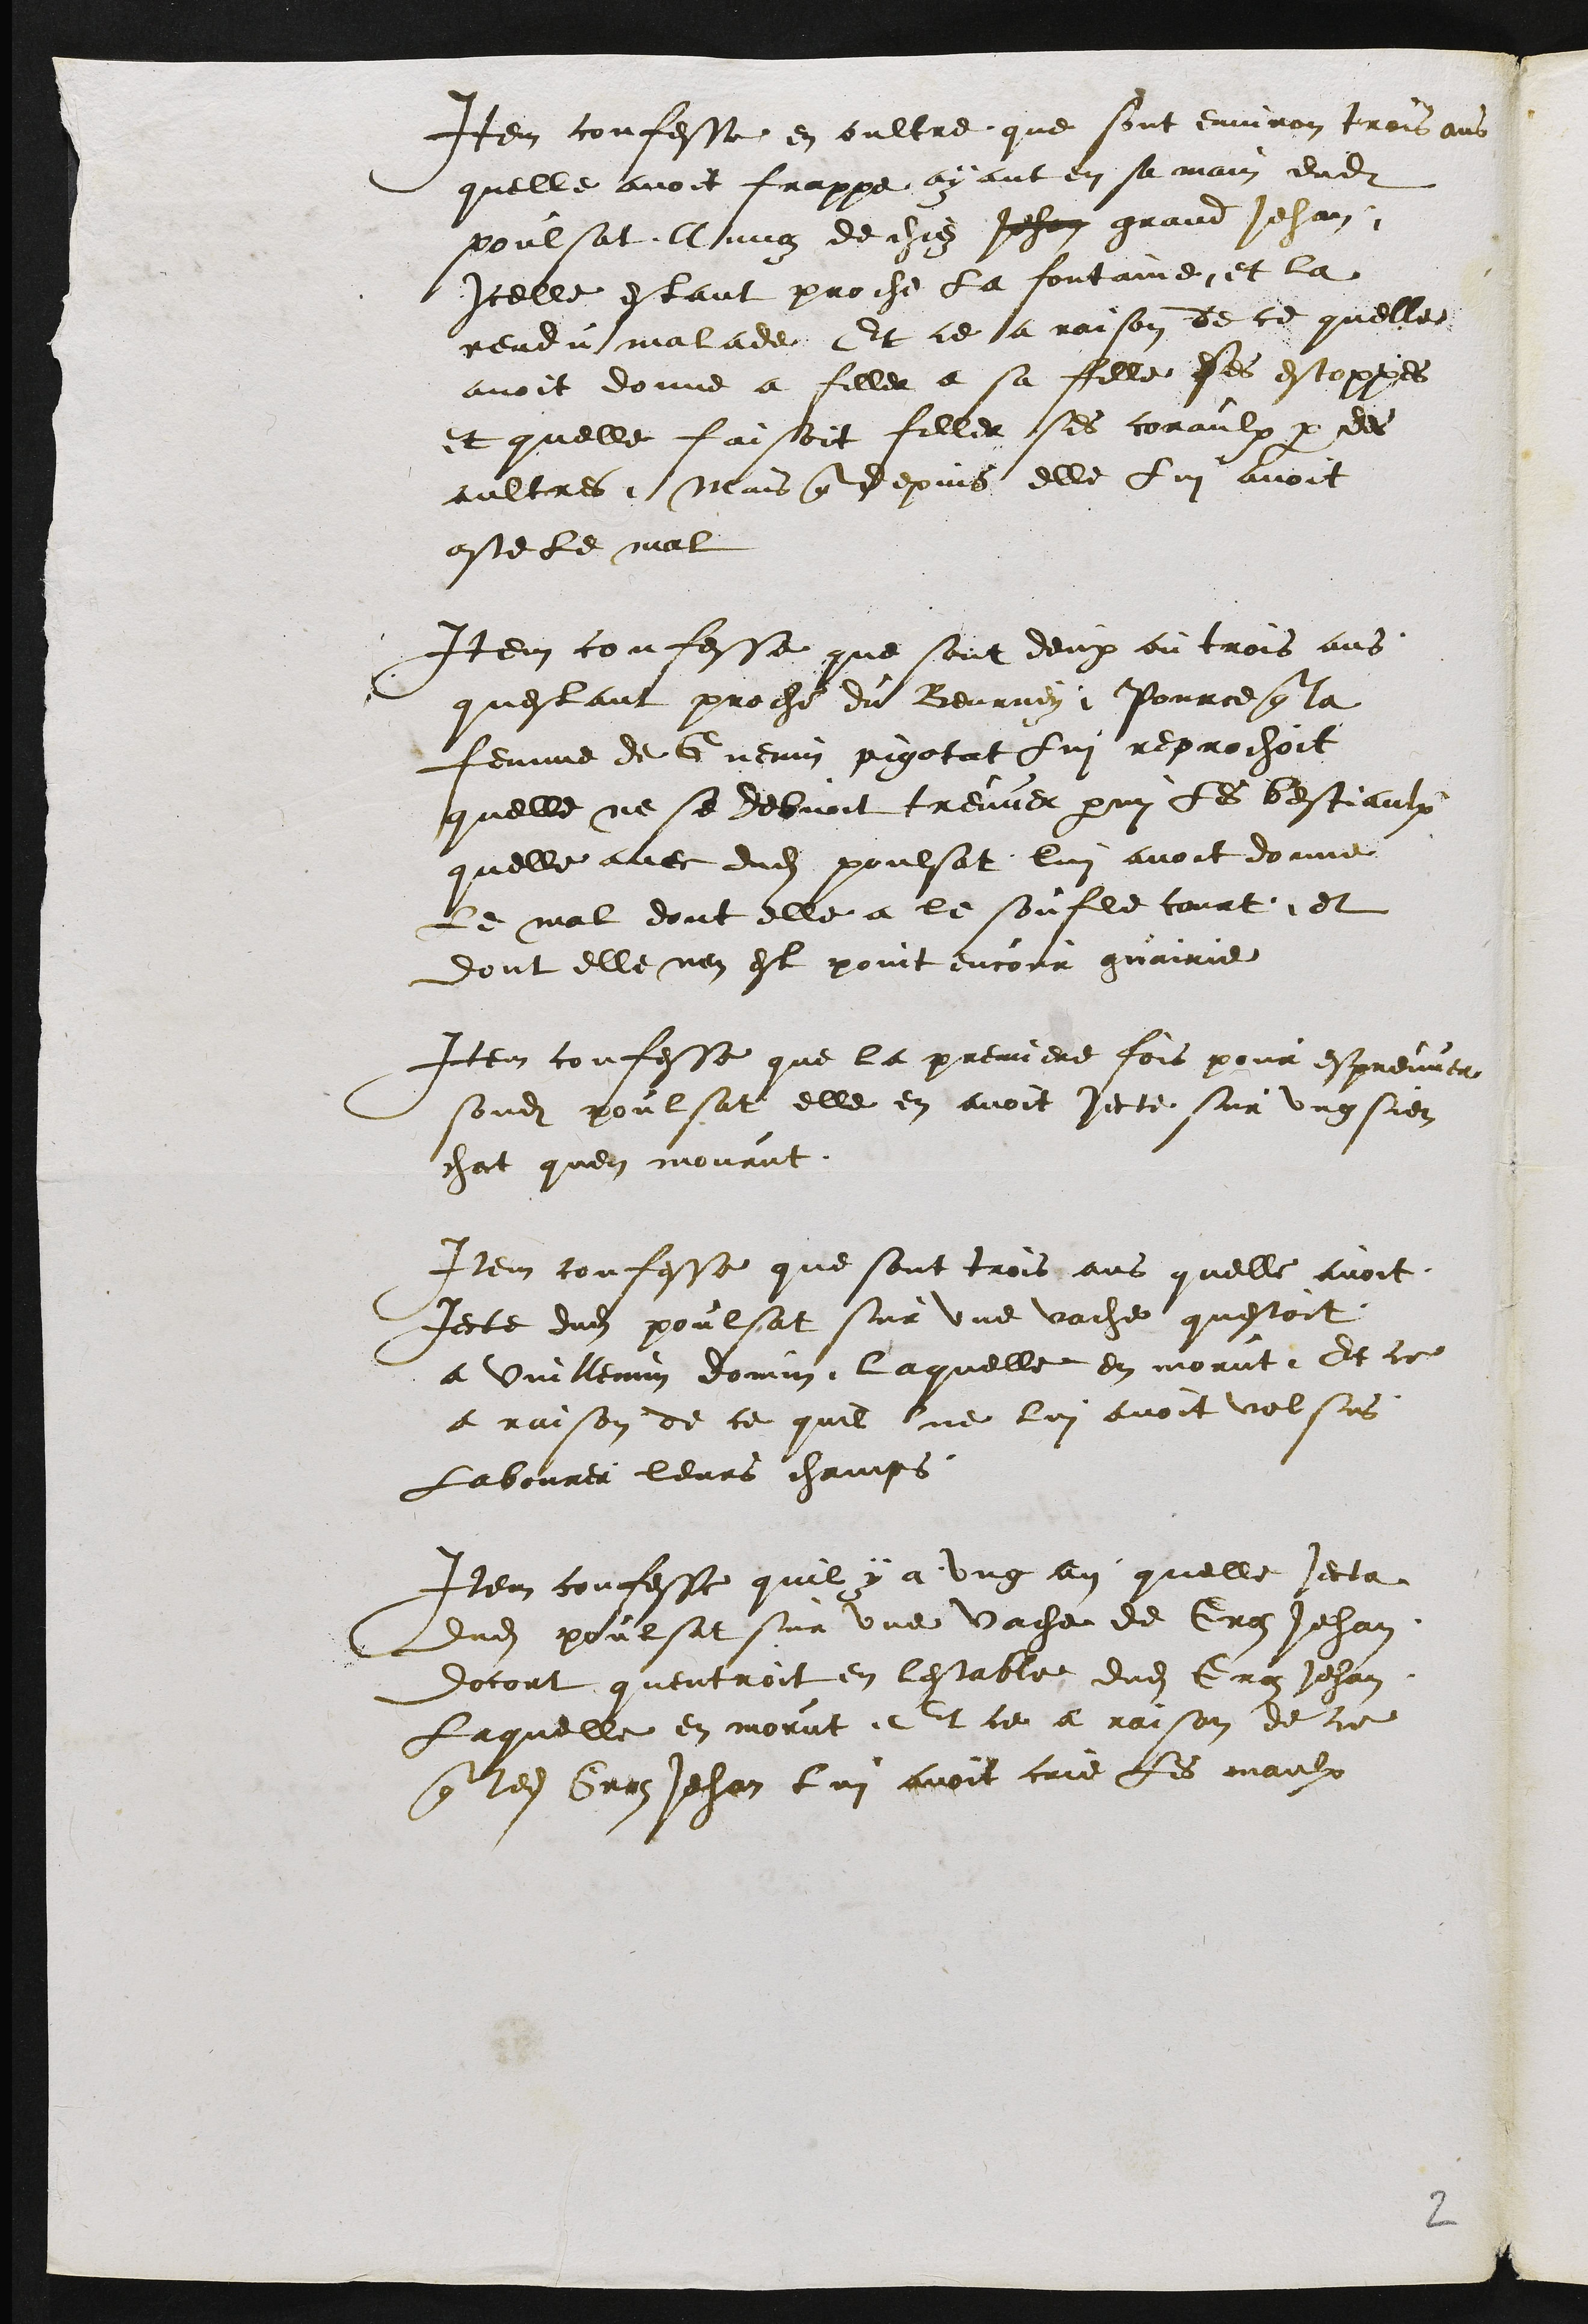
Item confesse en oultre que sont environ trois ans
quelle avoit frappe ayant en sa main dudit
poulsat, Annoz de chiez Jehan grand Jehan
Icelle estant proche la fontaine et la
rendu malade Et ce a raison de ce quelle
avoit donne a filler a sa fille ses estoppes
et quelle faisoit filler ses coraulx par des
aultres Mais que depuis elle Lui avoit
oste le mal
Item confesse que sont deux ou trois ans
questant proche du Beurney Pource que la
femme de Guenin pigotat lui reprochoit
quelle ne se debvoit treuver parmy les bestiaulx
quelle avec dudit poulsat lui avoit donne
le mal dont elle a le soufle court et
dont elle nen est point encour guairie
Item confesse que la premiere fois pour espreuver
sondit poulsat elle en avoit jecte sur ung sien
chat quen mourut
Item confesse que sont trois ans quelle avoit
Jecte dudit poulsat sur une vache questoit
a Vuillemin domin laquelle en morut Et ce
a raison de ce quil que lui avoit volsus
Labourer leurs champs
Item confesse quil y a ung an quelle jecta
dudit poulsat sur une vache de Groz Jehan
docort quentroit en lestable dudit Groz Jehan
Laquelle en morut Et ce a raison de ce
que ledit Groz Jehan lui avoit crie les maulx